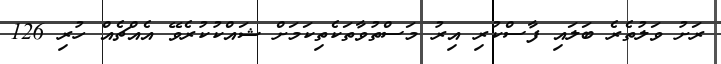
ރަށު ވަލުތެރެ ބަލައި ފާސްކުރި އިރު މަސްތުވާތަކެތިކަމަށް ޝައްކުކުރެވޭ އެއްޗެއް ހުރި 126